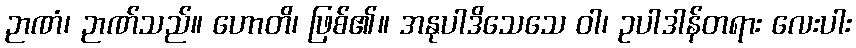
ဉာဏံ၊ ဉာဏ်သည်။ ဟောတိ၊ ဖြစ်၏။ အနုပါဒိသေသေ ဝါ၊ ဥပါဒါန်တရား လေးပါး